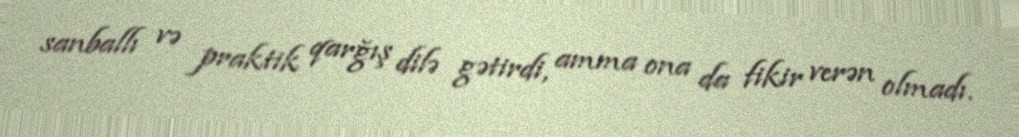
sanballı və praktik qarğış dilə gətirdi, amma ona da fikir verən olmadı.